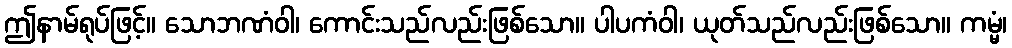
ဤနာမ်ရုပ်ဖြင့်။ သောဘဏံဝါ၊ ကောင်းသည်လည်းဖြစ်သော။ ပါပကံဝါ၊ ယုတ်သည်လည်းဖြစ်သော။ ကမ္မံ၊